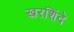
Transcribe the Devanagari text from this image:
खरशिंदे